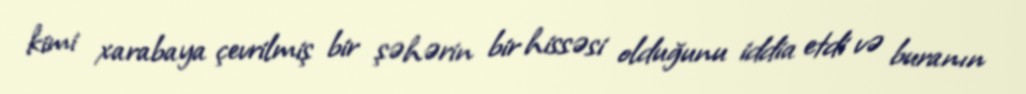
kimi xarabaya çevrilmiş bir şəhərin bir hissəsi olduğunu iddia etdi və buranın